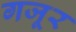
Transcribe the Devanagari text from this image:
गजूर